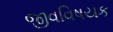
જીવવિષયક